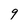
Character: 9